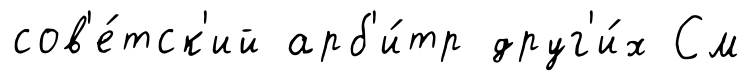
сов'е́тск'ий арб'и́тр друг'и́х См